Indian journal of veterinary science and animal husbandry - Volume 1,
Year: 1931
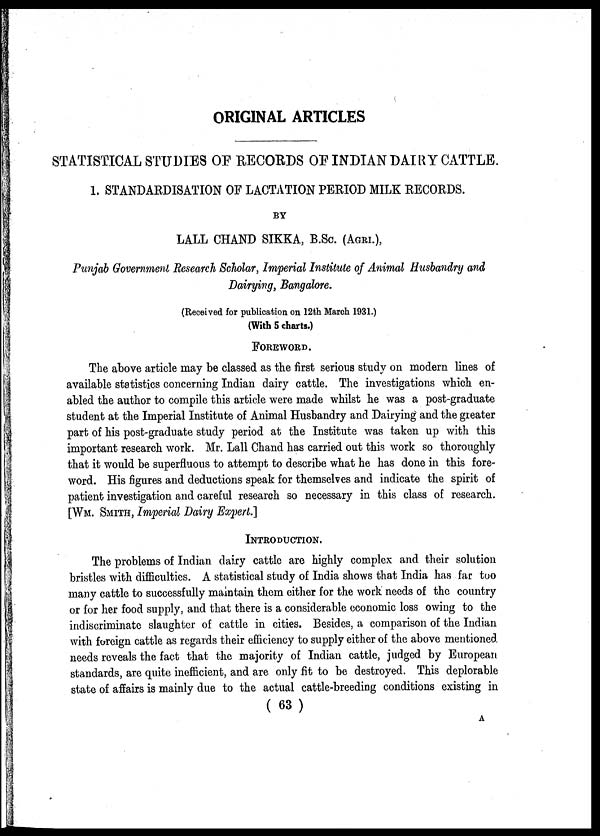
ORIGINAL ARTICLES
STATISTICAL STUDIES OF RECORDS OF INDIAN DAIRY CATTLE.
1. STANDARDISATION OF LACTATION PERIOD MILK RECORDS.
BY
LALL CHAND SIKKA, B.Sc. (AGRI.),
Punjab Government Research Scholar, Imperial Institute of Animal Husbandry and
Dairying, Bangalore.
(Received for publication on 12th March 1931.)
(With 5 charts.)
FOREWORD.
The above article may be classed as the first serious study on modern lines of
available statistics concerning Indian dairy cattle. The investigations which en-
abled the author to compile this article were made whilst he was a post-graduate
student at the Imperial Institute of Animal Husbandry and Dairying and the greater
part of his post-graduate study period at the Institute was taken up with this
important research work. Mr. Lall Chand has carried out this work so thoroughly
that it would be superfluous to attempt to describe what he has done in this fore-
word. His figures and deductions speak for themselves and indicate the spirit of
patient investigation and careful research so necessary in this class of research.
[WM. SMITH, Imperial Dairy Expert.]
INTRODUCTION.
The problems of Indian dairy cattle are highly complex and their solution
bristles with difficulties. A statistical study of India shows that India has far too
many cattle to successfully maintain them either for the work needs of the country
or for her food supply, and that there is a considerable economic loss owing to the
indiscriminate slaughter of cattle in cities. Besides, a comparison of the Indian
with foreign cattle as regards their efficiency to supply either of the above mentioned
needs reveals the fact that the majority of Indian cattle, judged by European
standards, are quite inefficient, and are only fit to be destroyed. This deplorable
state of affairs is mainly due to the actual cattle-breeding conditions existing in
( 63 )
A